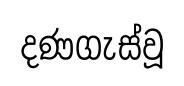
දණගැස්වූ